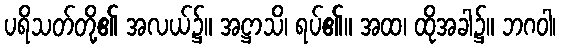
ပရိသတ်တို့၏ အလယ်၌။ အဋ္ဌာသိ၊ ရပ်၏။ အထ၊ ထိုအခါ၌။ ဘဂဝါ၊